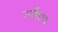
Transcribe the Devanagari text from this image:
सर्वैश्‍च